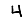
Digit: 4